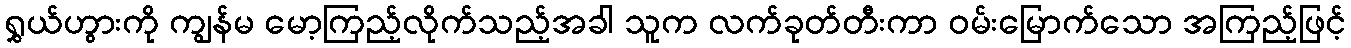
ရွှယ်ဟွားကို ကျွန်မ မော့ကြည့်လိုက်သည့်အခါ သူက လက်ခုတ်တီးကာ ဝမ်းမြောက်သော အကြည့်ဖြင့်